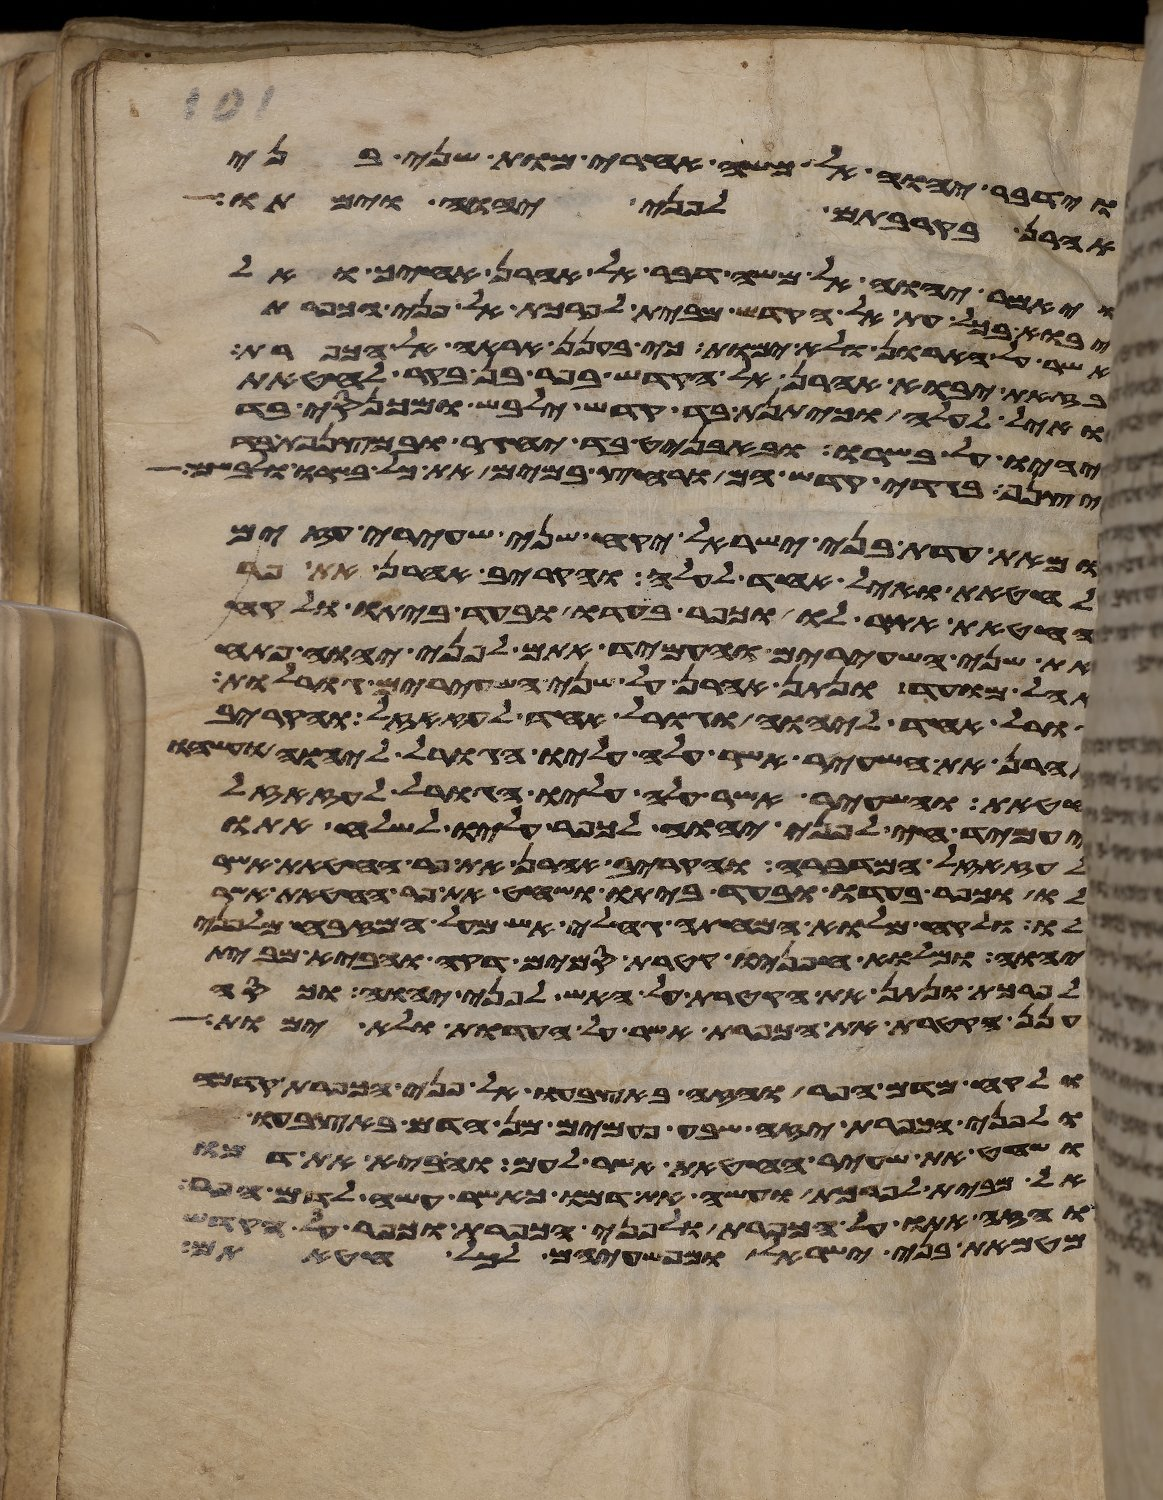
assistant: וידבר יהוה אל משה אחרי מות שני בני
אהרן בקרבתם לפני יהוה וימתו
ויאמר יהוה אל משה דבר אל אהרן אחיך ואל
יבוא בכל עת אל הקדש מבית לפרכת אל פני הכפרת
אשר על הארון ולא ימות כי בענן אראה אל הכפרת
בזאת יבוא אהרן אל הקדש בפר בן בקר לחטאת
ואיל לעלה וכיתנת בד קדש ילבש ומכנסי בד
יהיו על בשרו ובאבניט בד יחגר ובמצנפת בד
יצנף בגדי קדש הם ורחץ במים את כל בשרו ולבשם
ומאת עדת בני ישראל יקח שני שעירי עזים
לחטאת ואיל אחד לעלה והקריב אהרן את פר
החטאת אשר לו וכפר בעדו ובעד ביתו ולקח
את שני השעירים והעמיד אתם לפני יהוה פתח
אהל מועד ונתן אהרן על שני השעירים גורלות
גורל אחד ליהוה וגורל אחד לעזזאל והקריב
אהרן את השעיר אשר עלה עליו הגורל ליהוה ועשהו
חטאת והשעיר אשר עלה עליו הגורל לעזזאל
יעמיד חי לפני יהוה לכפר עליו לשלח אתו
לעזזאל המדברה והקריב אהרן את פר החטאת אשר
לו וכפר בעדו ובעד ביתו ושחט את פר החטאת אשר
לו ולקח מלוא המחתה גחלי אש מעל המזבח מלפני
יהוה ומלוא חפניו קטרת סמים דקה והביא מבית
לפרכת ונתן את הקטרת על האש לפני יהוה וכסה
ענן הקטרת את הכפרת אשר על העדות ולא ימות
ולקח מדם הפר והזה באצבעו אל פני הכפרת
ולפני הכפרת יזה שבע פעמים מן הדם באצבעו
ושחט את שעיר החטאת אשר לעם והביא את דמו
אל מבית לפרכת ועשה את דמו כאשר עשה לדם הפר
והזה אתו על הכפרת ולפני הכפרת וכפר על הקדש
מטמאת בני ישראל ומפשעיהם לכל חטאתם